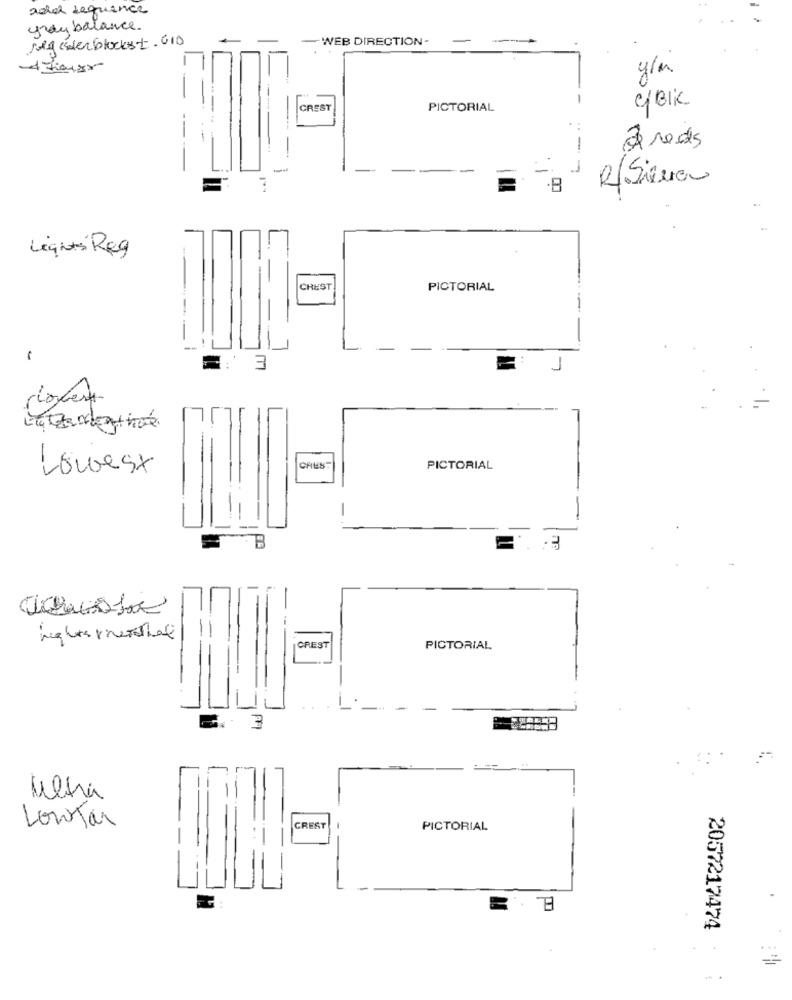
adel sequence
gray balance
Meg ciderblockst. 610
-WEB DIRECTION-
y'a
cBlK
CREST
PICTORIAL
à reds
-
-
-
-
R. Silva
Lights Reg
CREST
PICTORIAL
1
3
robert
Lowest
CHEST
PICTORIAL
-
-
B
-
CREST
PICTORIAL
alha
Lontar
PICTORIAL
2057217474